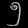
Digit: ၅